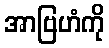
အာဗြဟံကို